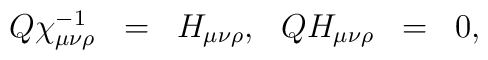
\begin{array}{rclrcl}        Q\chi^{-1}_{\mu\nu\rho} &=&  H_{\mu\nu\rho},&  QH_{\mu\nu\rho} &=& 0,\end{array}